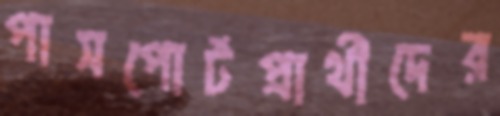
পাসপোর্টপ্রার্থীদের